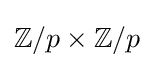
\mathbb {Z} /p\times \mathbb {Z} /p